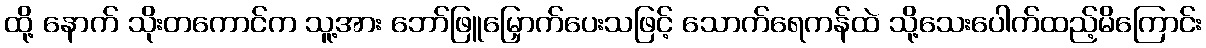
ထို့ နောက် သိုးတကောင်က သူ့အား ဘော်ဖြူမြှောက်ပေးသဖြင့် သောက်ရေကန်ထဲ သို့သေးပေါက်ထည့်မိကြောင်း